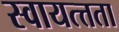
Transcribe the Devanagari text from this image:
स्वायत्त्तता